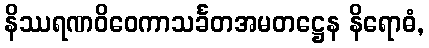
နိဿရဏဝိဝေကာသင်္ခတအမတဋ္ဌေန နိရောဓံ,